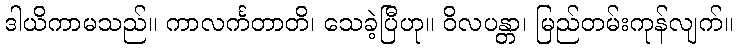
ဒါယိကာမသည်။ ကာလင်္ကတာတိ၊ သေခဲ့ပြီဟု။ ဝိလပန္တာ၊ မြည်တမ်းကုန်လျက်။